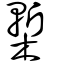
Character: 槧